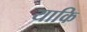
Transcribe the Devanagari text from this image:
याकि